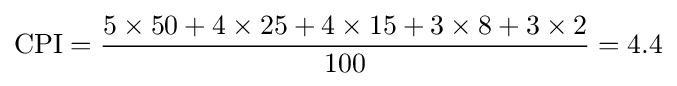
{\text{CPI}}={\frac {5\times 50+4\times 25+4\times 15+3\times 8+3\times 2}{100}}=4.4